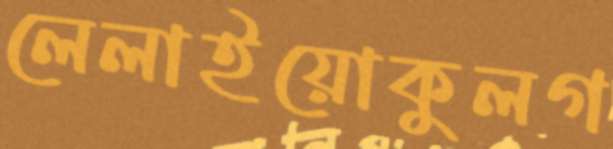
লেলাইয়োকুলগ